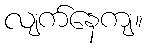
လျက်နေကျ။